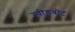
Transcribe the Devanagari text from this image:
स्‍पीडबोट